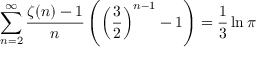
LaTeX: \sum _ { n = 2 } ^ { \infty } { \frac { \zeta ( n ) - 1 } { n } } \left( \left( { \frac { 3 } { 2 } } \right) ^ { n - 1 } - 1 \right) = { \frac { 1 } { 3 } } \ln \pi